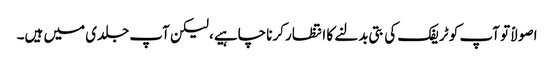
اصولاً تو آپ کو ٹریفک کی بتی بدلنے کا انتظار کرنا چاہیے، لیکن آپ جلدی میں ہیں۔